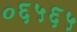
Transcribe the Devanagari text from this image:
०६५६५